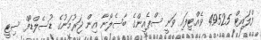
ފްލައިޓް 49525 ވެއްޓިފައި ވަނީ ސްޕެއިންގެ ބާސެލޯނާ އިން ޖަރުމަނުގެ ޑުސެލްޑޯފް ސިޓީ